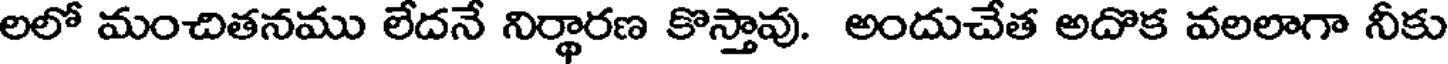
లలో మంచితనము లేదనే నిర్థారణ కొస్తావు. అందుచేత అదొక వలలాగా నీకు